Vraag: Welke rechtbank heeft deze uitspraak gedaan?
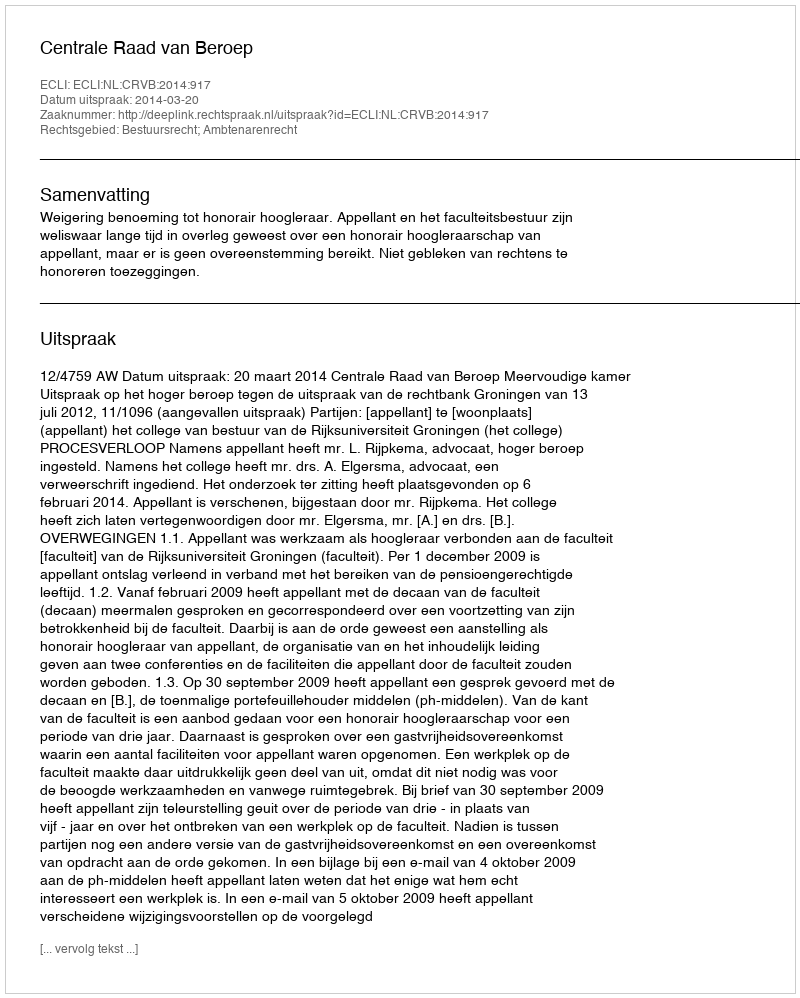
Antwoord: Centrale Raad van Beroep